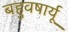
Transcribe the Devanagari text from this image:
बहुवषार्यू